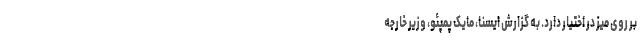
بر روی میز در اختیار دارد. به گزارش ایسنا، مایک پمپئو، وزیر خارجه